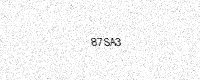
Text: 87SA3